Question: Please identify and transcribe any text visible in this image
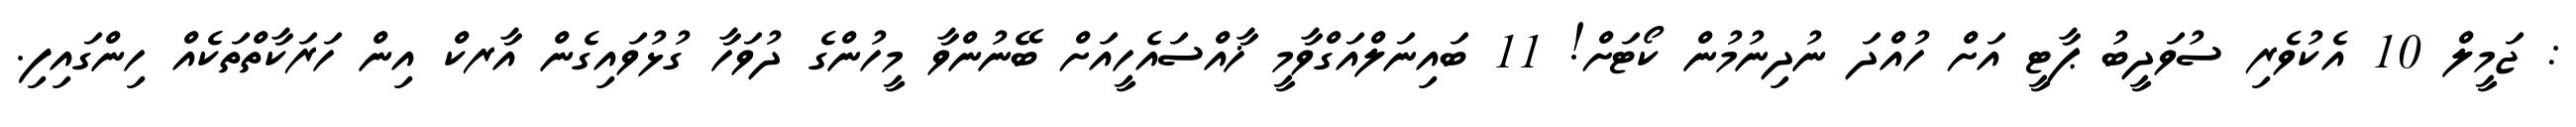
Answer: : ޖަމީލް 10 އެކުވެރި ސުވަދީބު ޕާޓީ އަށް ހުއްދަ ނުދިނުމުން ކޯޓަށް! 11 ބައިނަލްއަގްވާމީ ޚާއްސައެހީއަށް ބޭނުންވާ މީހުންގެ ދުވަހާ ގުޅުވައިގެން އާރކް އިން ހަރަކާތްތަކެއް ހިންގައިފި.